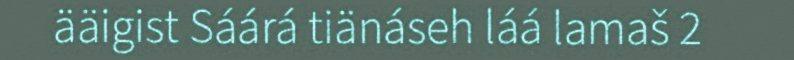
ääigist Sáárá tiänáseh láá lamaš 2